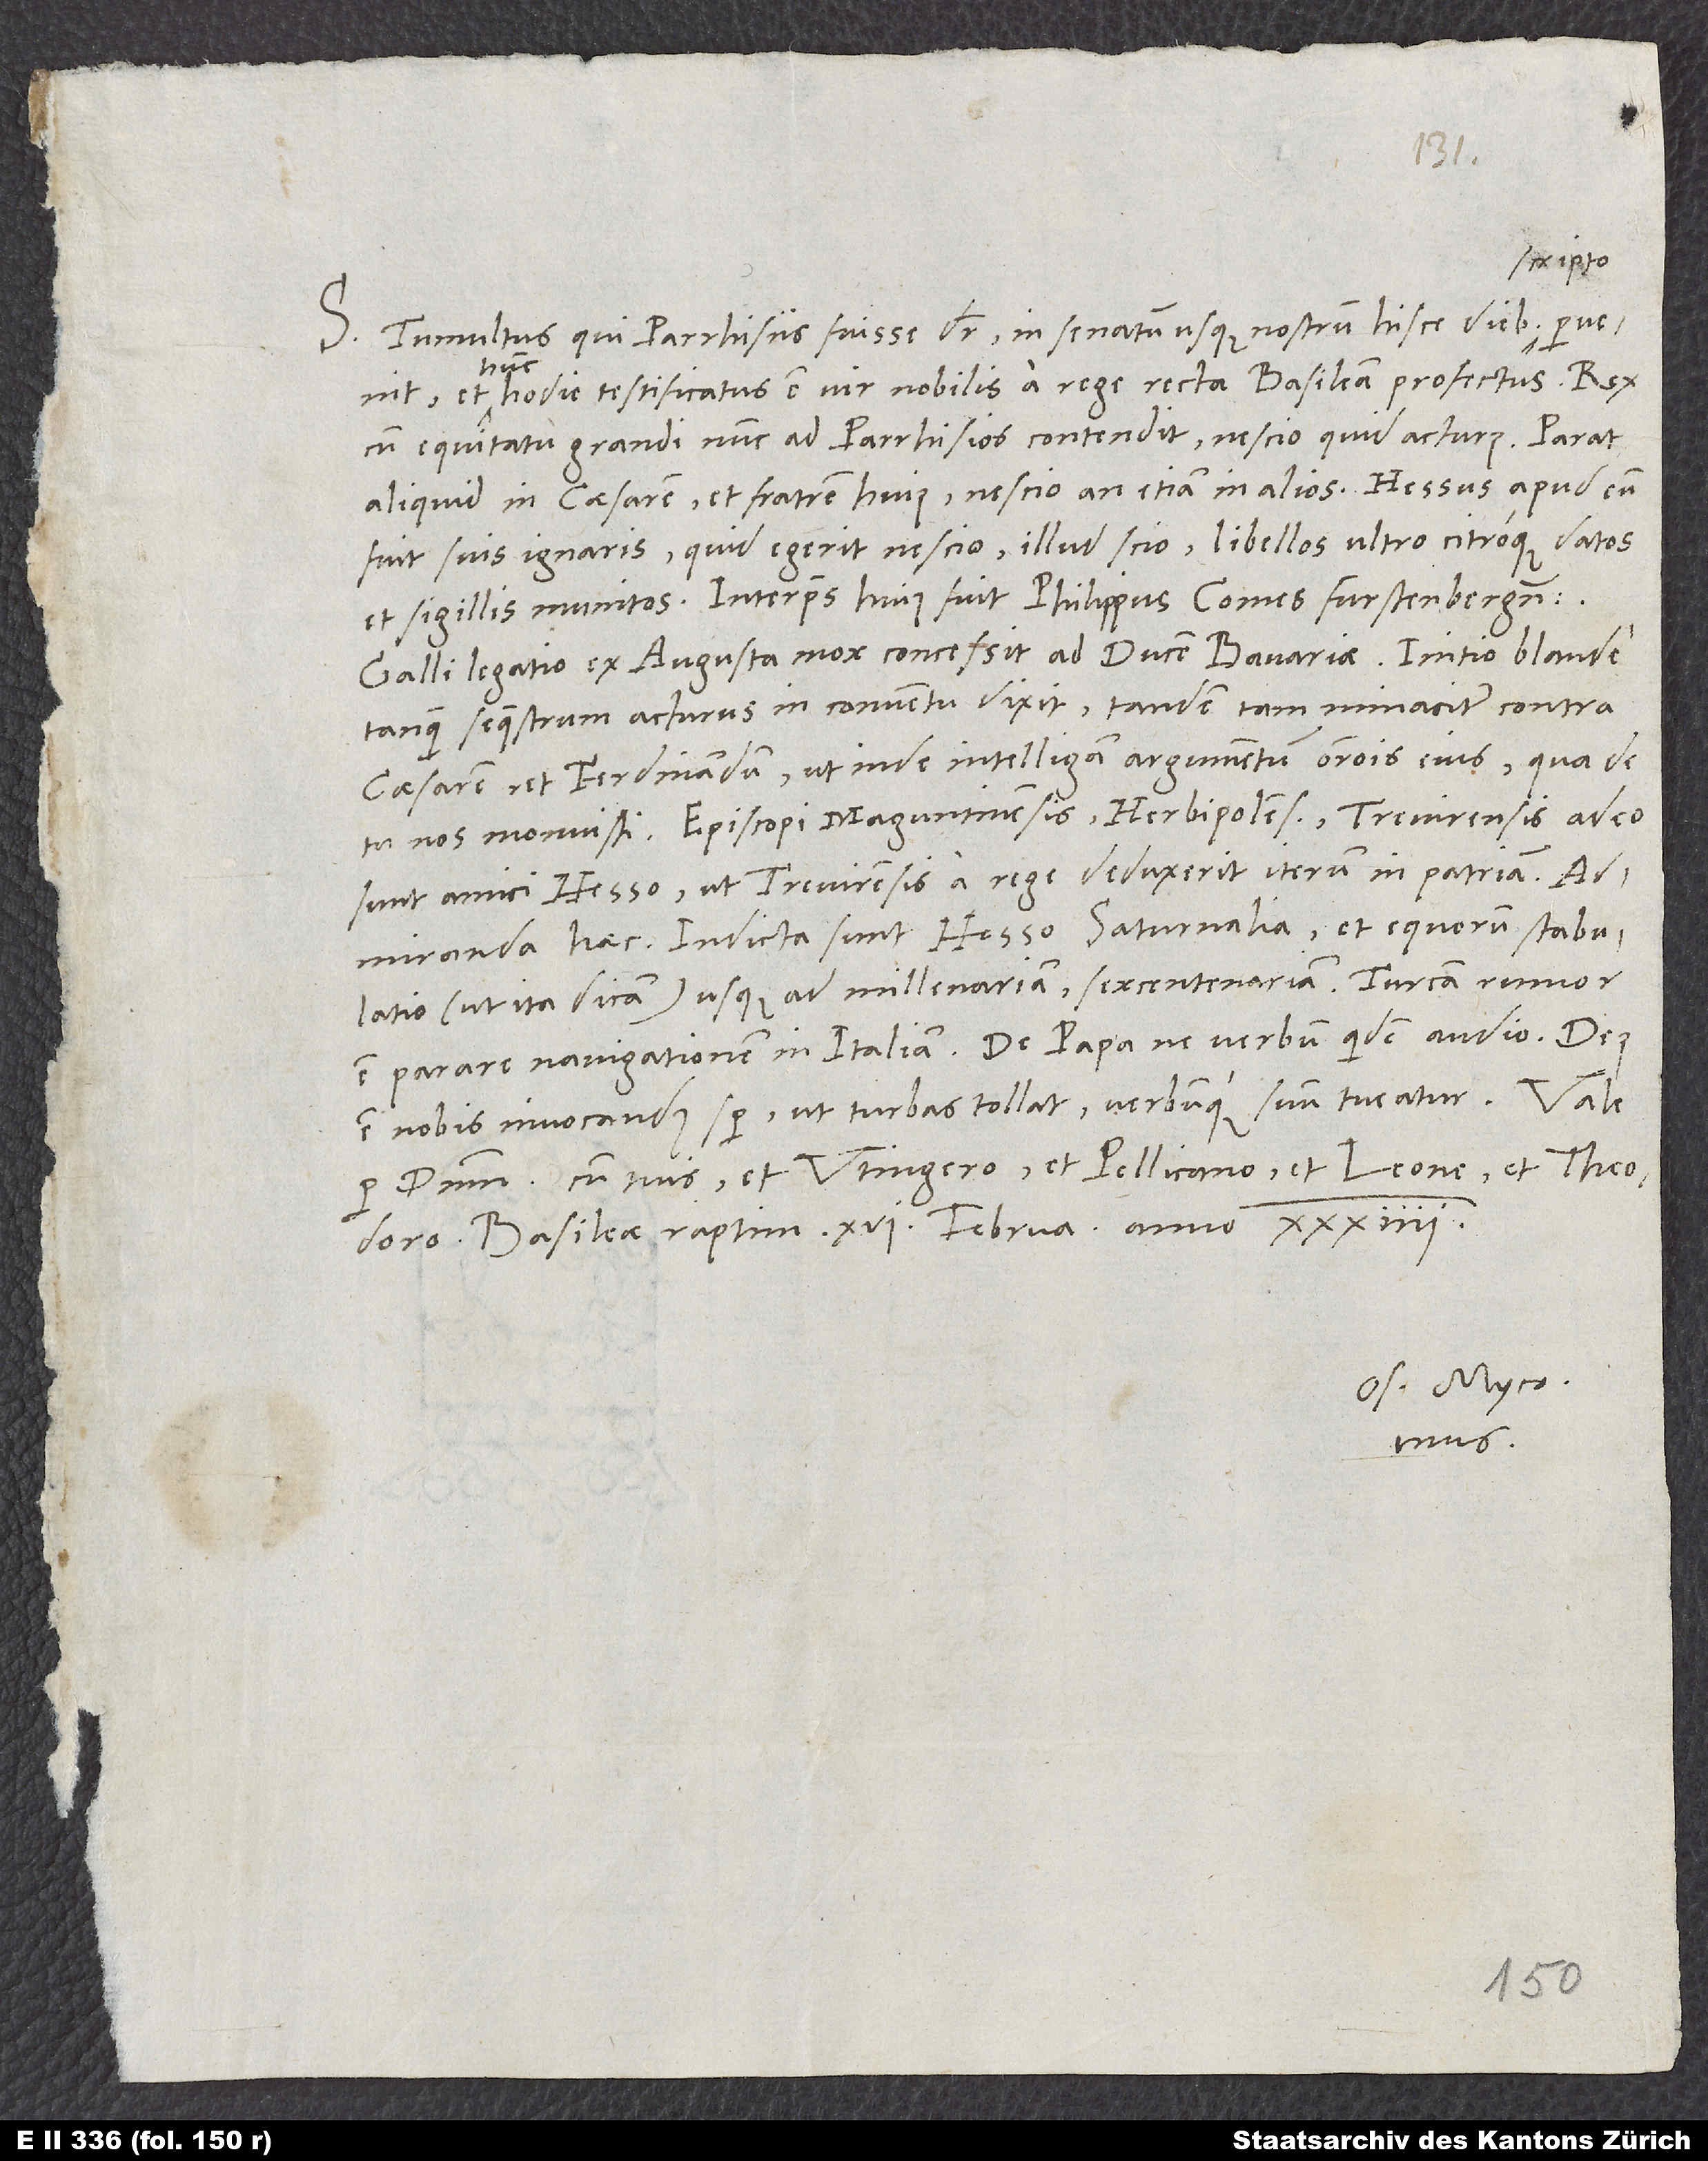
S. Tumultus, qui Parrhisiis fuisse dicitur, in senatum usque nostrum hisce diebus scripto
hunc
hodie testificatus est vir nobilis a rege recta Basileam profectus. Rex
cum equitatu grandi nunc ad Parrhisios contendit, nescio, quid acturus. Parat
aliquid in caesarem et fratrem huius, nescio, an etiam in alios. Hessus apud eum
fuit suis ignaris. Quid egerit nescio. Illud scio, libellos ultro citroque datos
et sigillis munitos. Interpres huius fuit Philippus, comes Furstenbergensis.
Galli legatio ex Augusta mox concessit ad ducem Bavariae. Initio blande
tanquam sequestrum acturus in conventu dixit, tandem tam minaciter contra
caesarem et Ferdinandum, ut inde intelligam argumentum orationis eius, qua de
tu nos monuisti. Episcopi Maguntinensis, Herbipolensis, Trevirensis adeo
sunt amici Hesso, ut Trevirensis a rege deduxerit iterum in patriam.
Admiranda haec. Indicta sunt Hesso saturnalia et equorum stabulatio,
est parare navigationem in Italiam. De papa ne verbum quidem audio. Deus
est nobis invocandus semper, ut turbas tollat verbumque suum tueatur.
per dominum cum tuis et Utingero et Pellicano et Leone et Theodoro.
Basileae, raptim, 16. februarii anno 34.
Os. Myc.
tuus